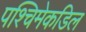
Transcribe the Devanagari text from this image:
पश्चिमेकडिल